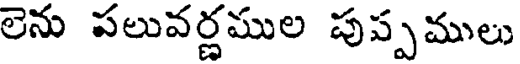
లెను పలువర్ణముల పుప్పములు